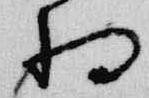
将